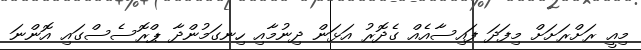
މިއީ ރަށްރަށަށް މިފަދަ ފައިސާއެއް ގެދޮރު އަޅަން ދިނުމާއި ހިނގަމުންދާ ޕްރޮސެސްގައި އޮންނަ